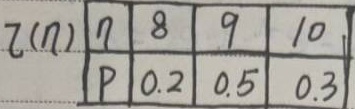
\[
\begin{array}{c|ccc}
\xi(\eta) & 8 & 9 & 10 \\
\hline
P & 0.2 & 0.5 & 0.3
\end{array}
\]